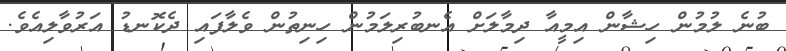
ބުނެ ލުމުން ހިޝާން އިމީއާ ދިމާލަށް އެނބުރިލަމުން ހިނިތުން ވެލާފައި ދެކޮނޑު އަރުވާލިއެވެ.